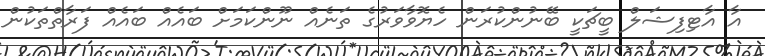
އާ އާޓިފިޝަލް ބީޗަކީ ބޭނުންކުރަން ހެޔޮވާވަރުގެ ތަނެއް ނޫންކަމަށް ބައެއް ބައެއް ފަރާތްތަކުން